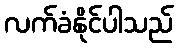
လက်ခံနိုင်ပါသည်